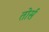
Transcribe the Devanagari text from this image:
तोर्स